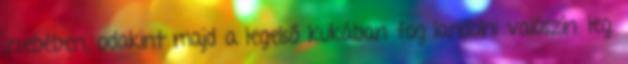
zsebében, odakint majd a legelső kukában fog landolni valószínűleg.